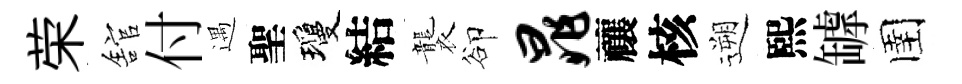
荣舘付遇聖瓊結襲卻晁禳核遡熙罅圉